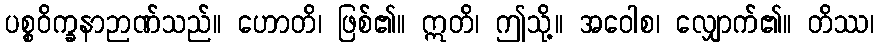
ပစ္စဝိက္ခနာဉာဏ်သည်။ ဟောတိ၊ ဖြစ်၏။ ဣတိ၊ ဤသို့။ အဝေါစ၊ လျှောက်၏။ တိဿ၊